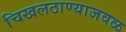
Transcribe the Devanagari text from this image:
चिखलठाण्याजवळ